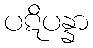
ပဋိပန္နာ